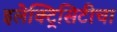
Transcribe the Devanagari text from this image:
इलेक्ट्रिसिटीचा